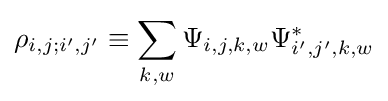
\rho _{i,j;i',j'}\equiv \sum _{k,w}\Psi _{i,j,k,w}\Psi _{i',j',k,w}^{*}